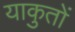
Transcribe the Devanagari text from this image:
याकुतों